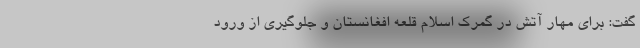
گفت: برای مهار آتش در گمرک اسلام قلعه افغانستان و جلوگیری از ورود